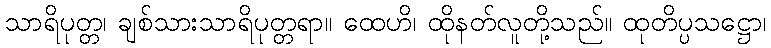
သာရိပုတ္တ၊ ချစ်သားသာရိပုတ္တရာ။ ထေဟိ၊ ထိုနတ်လူတို့သည်။ ထုတိပ္ပသဋ္ဌော၊